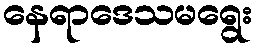
နေရာဒေသမရွေး